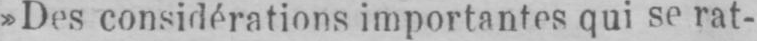
»Des considérations importantes qui se rat-